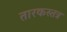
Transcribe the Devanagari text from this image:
तारकस्तत्र